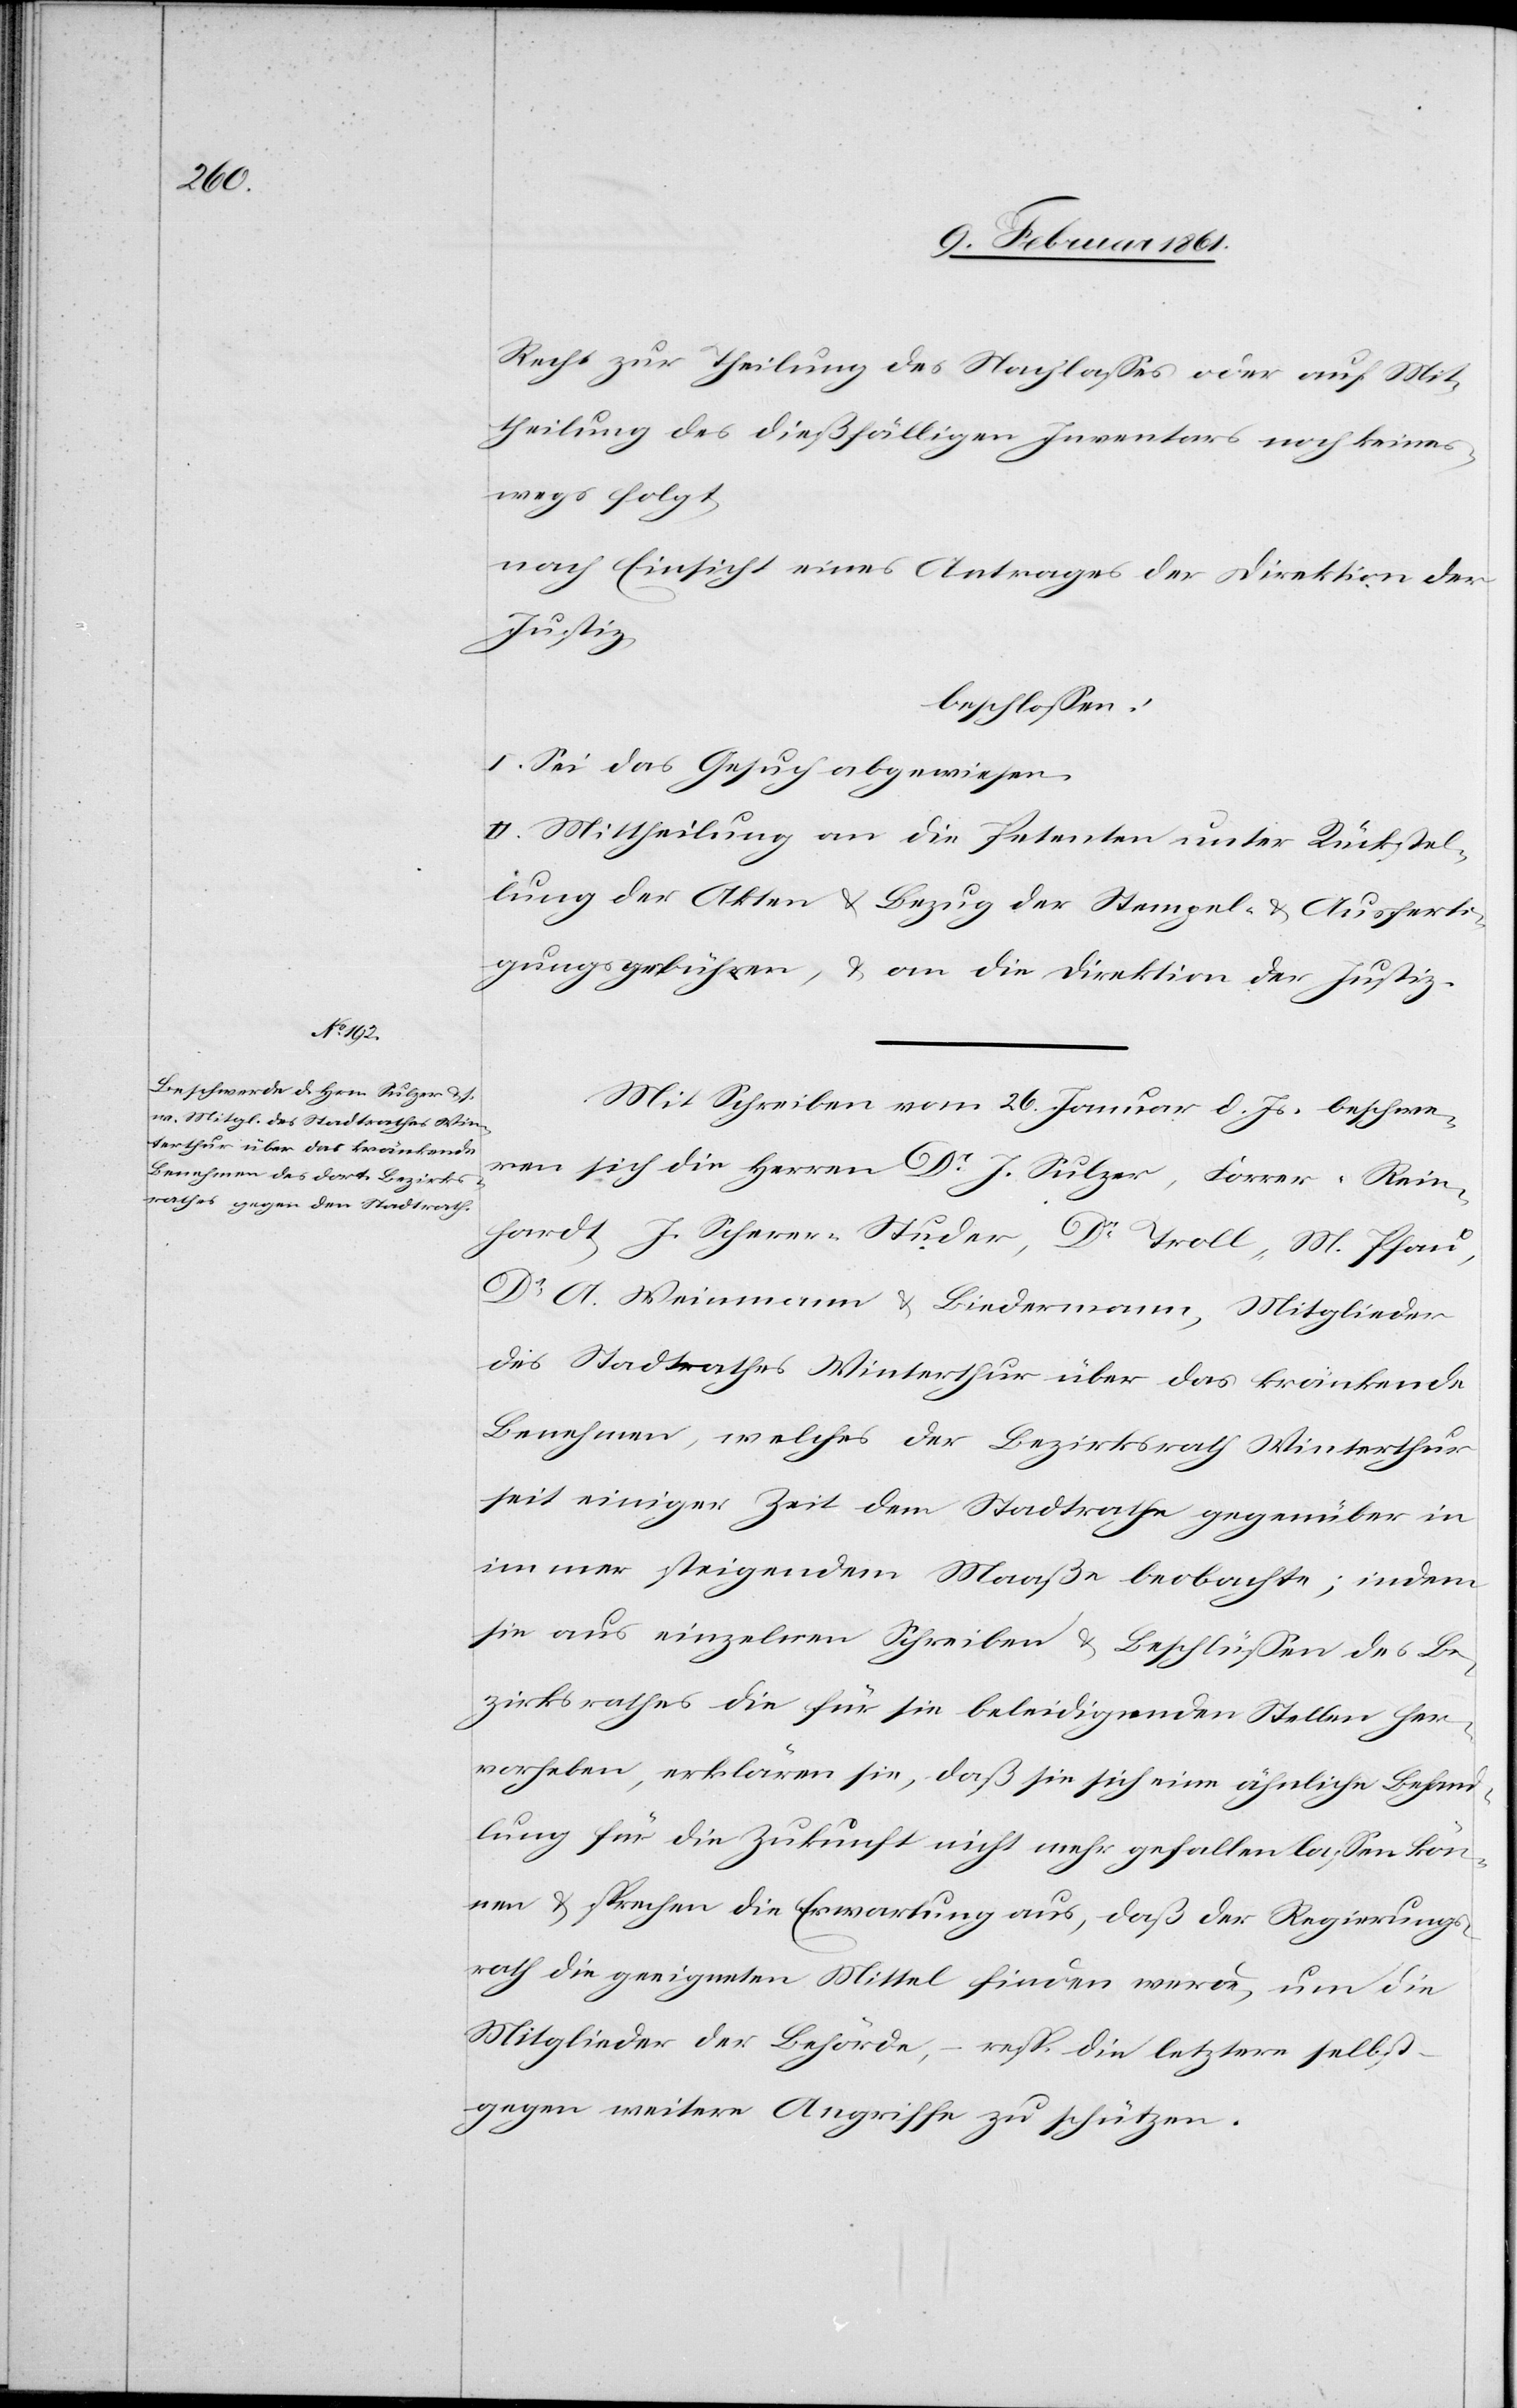
Recht zur Theilung des Nachlasses oder auf Mit¬
theilung des dießfälligen Inventars noch keines¬
wegs folgt
nach Einsicht eines Antrages der Direktion der
Justiz
beschlossen:
I. Sei das Gesuch abgewiesen.
II. Mittheilung an die Petenten unter Rückstel¬
lung der Akten u. Bezug der Stempel- u. Ausferti¬
gungsgebühren, u. an die Direktion der Justiz.
Mit Schreiben vom 26. Januar d. Js. beschwe¬
ren sich die Herren Dr. J. Sulzer, Forrer-Rhein¬
hardt, J. Scherer-Studer, Dr. Troll, M. Pfau,
Dr. A. Weinmann u. Biedermann, Mitglieder
des Stadtrathes Winterthur über das kränkende
Benehmen, welches der Bezirksrath Winterthur
seit einiger Zeit dem Stadtrathe gegenüber in
immer steigendem Maaße beobachte; indem
sie aus einzelnen Schreiben u. Beschlüssen des Be¬
zirksrathes die für sie beleidigenden Stellen her¬
vorheben, erklären sie, daß sie sich eine ähnliche Behand¬
lung für die Zukunft nicht mehr gefallen lassen kön¬
nen u. sprechen die Erwartung aus, daß der Regierungs¬
rath die geeigneten Mittel finden werde, um die
Mitglieder der Behörde, – resp. die letztere selbst
gegen weitere Angriffe zu schützen.